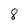
Character: 8